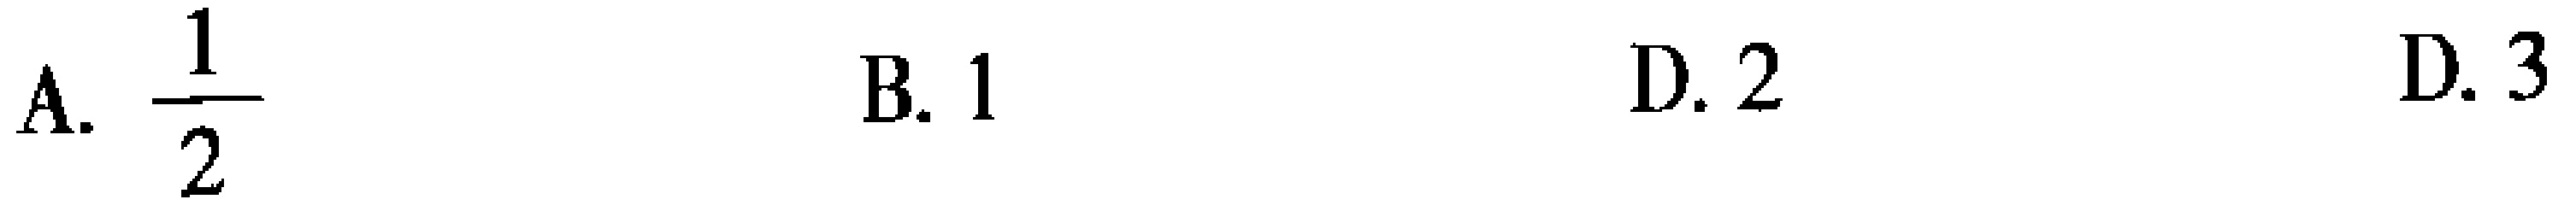
A. $\frac{1}{2}$  B. 1  D. 2  D. 3